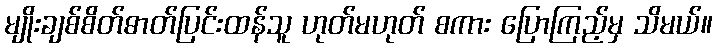
မျိုးချစ်စိတ်ဓာတ်ပြင်းထန်သူ ဟုတ်မဟုတ် စကား ပြောကြည့်မှ သိမယ်။